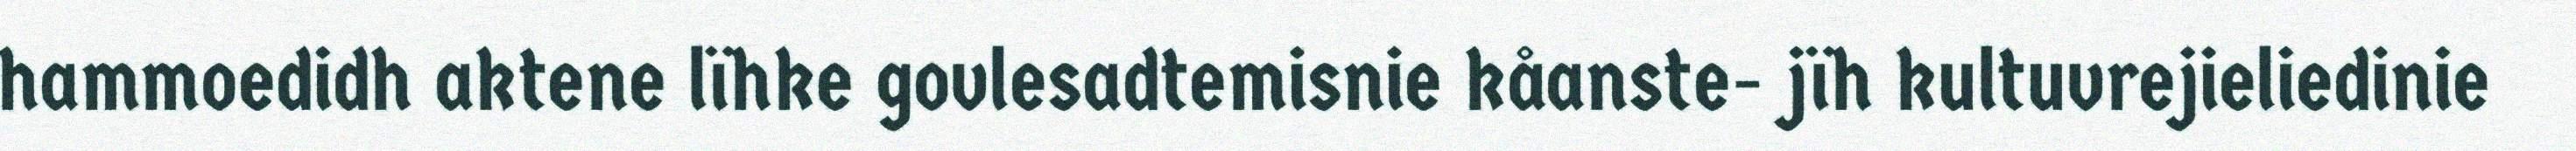
hammoedidh aktene lïhke govlesadtemisnie kåanste- jïh kultuvrejieliedinie